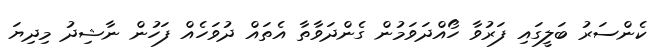
ކެންސަރު ބަލީގައި ފަރުވާ ހޯއްދަވަމުން ގެންދަވާތާ އެތައް ދުވަހެއް ފަހުން ނާޝިދު މިދިޔަ